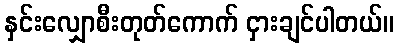
နှင်းလျှောစီးတုတ်ကောက် ငှားချင်ပါတယ်။